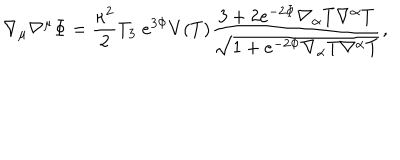
LaTeX: \nabla _ { \mu } \nabla ^ { \mu } \Phi = \frac { \kappa ^ { 2 } } { 2 } T _ { 3 } \; e ^ { 3 \Phi } V ( T ) \frac { 3 + 2 e ^ { - 2 \Phi } \nabla _ { \alpha } T \nabla ^ { \alpha } T } { \sqrt { 1 + e ^ { - 2 \Phi } \nabla _ { \alpha } T \nabla ^ { \alpha } T } } ,